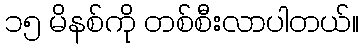
၁၅ မိနစ်ကို တစ်စီးလာပါတယ်။